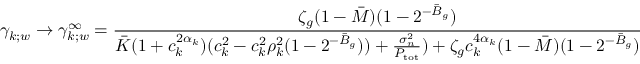
\gamma _ { k ; w } \to \gamma _ { k ; w } ^ { \infty } = \frac { \zeta _ { g } ( 1 - \ensuremath { \bar { M } } ) ( 1 - 2 ^ { - \ensuremath { \bar { B } } _ { g } } ) } { \ensuremath { \bar { K } } ( 1 + c _ { k } ^ { 2 \alpha _ { k } } ) ( c _ { k } ^ { 2 } - c _ { k } ^ { 2 } \rho _ { k } ^ { 2 } ( 1 - 2 ^ { - \ensuremath { \bar { B } } _ { g } } ) ) + \frac { \sigma _ { n } ^ { 2 } } { P _ { \mathrm { t o t } } } ) + \zeta _ { g } c _ { k } ^ { 4 \alpha _ { k } } ( 1 - \ensuremath { \bar { M } } ) ( 1 - 2 ^ { - \ensuremath { \bar { B } } _ { g } } ) }